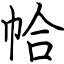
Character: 帢